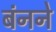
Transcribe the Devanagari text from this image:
बंनने